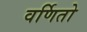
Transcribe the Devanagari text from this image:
वर्णितो